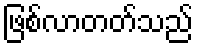
ဖြစ်လာတတ်သည်